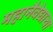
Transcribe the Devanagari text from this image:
महानैवेद्याचा